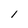
Character: l